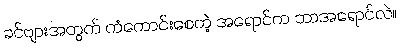
ခင်ဗျားအတွက် ကံကောင်းစေတဲ့ အရောင်က ဘာအရောင်လဲ။